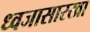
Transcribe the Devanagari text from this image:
ध्वजासारखा